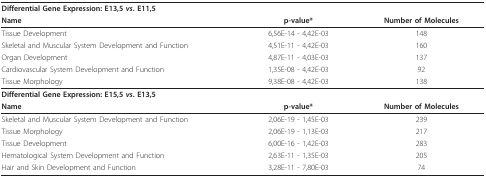
| Differential Gene Expression: E13,5 vs. E11,5 |  |  |
 | Name | p-value* | Number of Molecules |
 | --- | --- | --- |
 | Tissue Development | 6,56E-14 - 4,42E-03 | 148 |
 | Skeletal and Muscular System Development and Function | 4,51E-11 - 4,42E-03 | 160 |
 | Organ Development | 4,87E-11 - 4,03E-03 | 137 |
 | Cardiovascular System Development and Function | 1,35E-08 - 4,42E-03 | 92 |
 | Tissue Morphology | 9,38E-08 - 4,42E-03 | 138 |
 | Differential Gene Expression: E15,5 vs. E13,5 |  |  |
 | Name | p-value* | Number of Molecules |
 | Skeletal and Muscular System Development and Function | 2,06E-19 - 1,45E-03 | 239 |
 | Tissue Morphology | 2,06E-19 - 1,13E-03 | 217 |
 | Tissue Development | 6,00E-16 - 1,42E-03 | 283 |
 | Hematological System Development and Function | 2,63E-11 - 1,35E-03 | 205 |
 | Hair and Skin Development and Function | 3,28E-11 - 7,80E-03 | 74 |